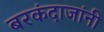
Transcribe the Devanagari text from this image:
बरकंदाजांनी